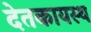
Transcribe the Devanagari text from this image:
देतकायस्थ